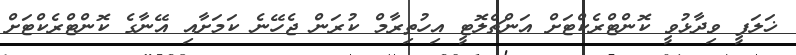
ޚަލަފީ ވިދާޅުވީ ކޮންޓްރެކްޓަށް އަންޗެލޮޓީ އިހުތިރާމް ކުރަން ޖެހޭނެ ކަމަށާއި އޭނާގެ ކޮންޓްރެކްޓަށް